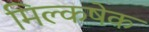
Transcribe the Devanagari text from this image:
मिल्कषेक